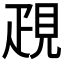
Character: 𧠣